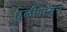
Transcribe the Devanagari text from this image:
धुळीपासून